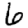
Digit: 6